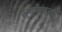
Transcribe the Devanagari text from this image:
तंगलंगला